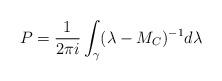
LaTeX: \begin{align*}P= \frac{1}{2\pi i} \int_\gamma (\lambda - M_C)^{-1} d\lambda\end{align*}